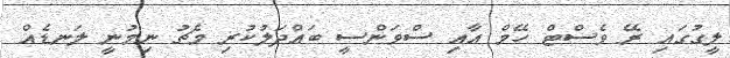
ލީގުގައި ރޭ ވެސްޓް ހޭމް އާއި ސްވަންސީ ބައްދަލުކުރި މެޗު ނިމުނީ ލަނޑެއް